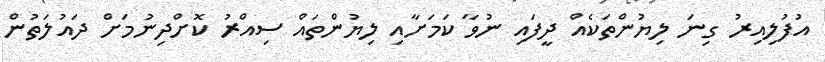
އުފުލިއިރު ގިނަ ލިޔުންތަކެއް ދީފައި ނުވާ ކަމަށާއި ލިޔުންތައް ސިއްރު ކޮށްދިނުމަށް ދައުލަތުން